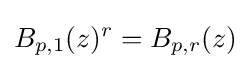
B_{p,1}(z)^{r}=B_{p,r}(z)